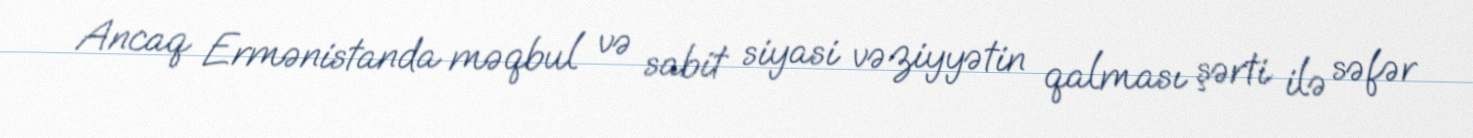
Ancaq Ermənistanda məqbul və sabit siyasi vəziyyətin qalması şərti ilə səfər